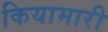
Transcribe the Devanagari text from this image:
कियामारी